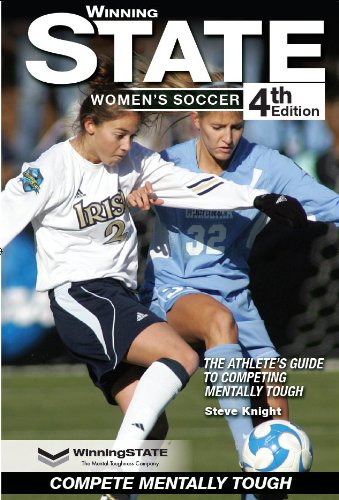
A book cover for WinningSTATE-Women's Soccer: The Athlete's Guide to Competing Mentally Tough (4th Edition); Steve Knight; Sports & Outdoors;